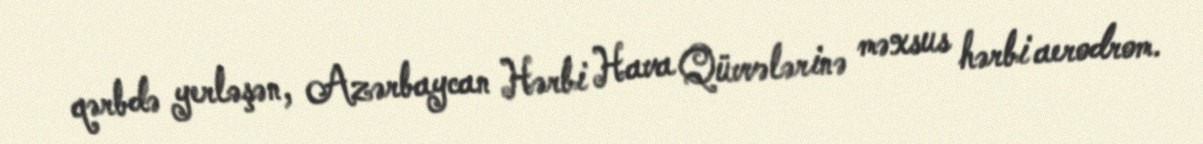
qərbdə yerləşən, Azərbaycan Hərbi Hava Qüvvələrinə məxsus hərbi aerodrom.